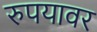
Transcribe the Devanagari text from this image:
रुपयावर